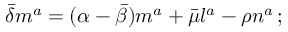
{ \bar { \delta } } m ^ { a } = ( \alpha - { \bar { \beta } } ) m ^ { a } + { \bar { \mu } } l ^ { a } - \rho n ^ { a } \, ;